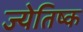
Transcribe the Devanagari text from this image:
ज्येतिष्क